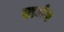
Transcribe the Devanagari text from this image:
टामंग